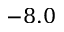
- 8 . 0